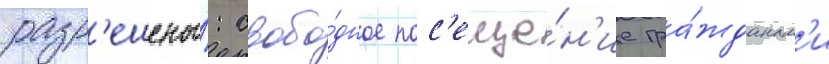
разр'ешены́: свобо́дное пос'еще́н'ие гра́жданам'и